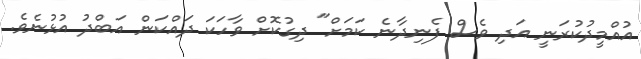
އުއްމީދުކުރަނީ އަދި ވެސް ފެނިދާނެ ކަމަށް" ދިގުކޮށް ވާހަކަ ދައްކަން އަބްދު އުޅުނެވެ.